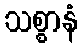
သစ္စာနံ